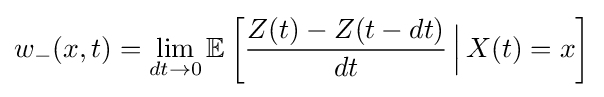
w_{-}(x,t)=\lim _{dt\rightarrow 0}\mathbb {E} \left[{\frac {Z(t)-Z(t-dt)}{dt}}\,{\Big |}\,X(t)=x\right]